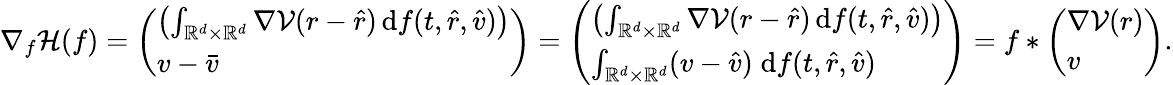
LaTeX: \nabla_{f}\mathcal H(f)=\left(\begin{array}{l}{\left(\int_{\mathbb R^{d}\times\mathbb R^{d}}\nabla\mathcal V(r-\hat{r})\, \mathrm df(t,\hat{r},\hat{v})\right)}\\ {v-\bar{v}}\end{array}\right)=\left(\begin{array}{l}{\left(\int_{\mathbb R^{d}\times\mathbb R^{d}}\nabla\mathcal V(r-\hat{r})\, \mathrm df(t,\hat{r},\hat{v})\right)}\\ {\int_{\mathbb R^{d}\times\mathbb R^{d}}(v-\hat{v})\; \mathrm df(t,\hat{r},\hat{v})}\end{array}\right)=f\ast\left(\begin{array}{l}{\nabla\mathcal V(r)}\\ {v}\end{array}\right).